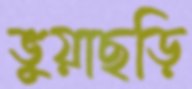
ভুয়াছড়ি